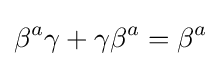
\beta ^{a}\gamma +\gamma \beta ^{a}=\beta ^{a}